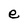
Character: e